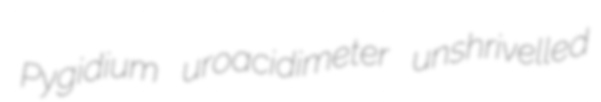
Pygidium uroacidimeter unshrivelled